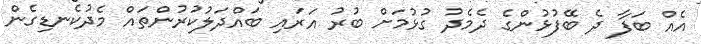
އެއް ބަފާ ދެ ބޭފުޅުންގެ ދެމެދު ގުޅުމަށް ބުރު އަރައި ބައްދަލުކުރުންތައް މެދުކެނޑިގެން